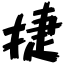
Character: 捷